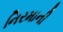
નિરમાની